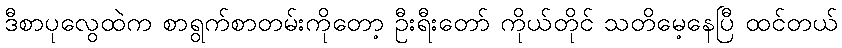
ဒီစာပုလွေထဲက စာရွက်စာတမ်းကိုတော့ ဦးရီးတော် ကိုယ်တိုင် သတိမေ့နေပြီ ထင်တယ်